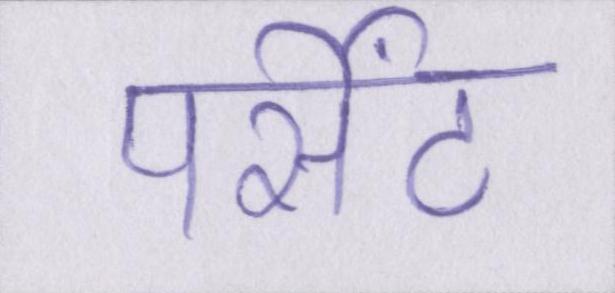
पर्सेंट